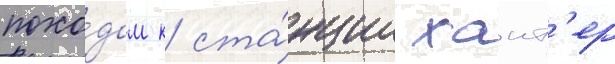
похо́дом к ста́нции хант'ер